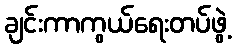
ချင်းကာကွယ်ရေးတပ်ဖွဲ့